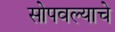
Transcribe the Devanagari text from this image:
सोपवल्याचे